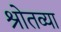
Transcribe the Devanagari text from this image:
श्रोतव्या